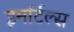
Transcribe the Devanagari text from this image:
इमॉर्टल्स